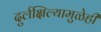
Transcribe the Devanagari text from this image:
दुर्लक्षिल्यामुळेही